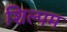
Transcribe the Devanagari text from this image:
शिल्पम